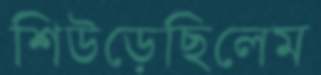
শিউড়েছিলেম